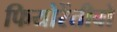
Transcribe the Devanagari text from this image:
फियोरेंतीबो